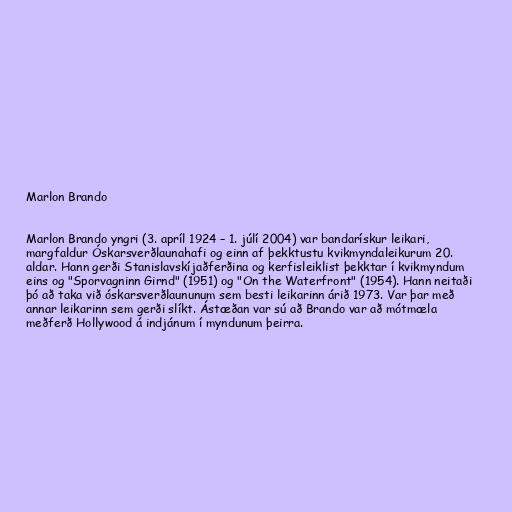
Marlon Brando

Marlon Brando yngri (3. apríl 1924 – 1. júlí 2004) var bandarískur leikari,
margfaldur Óskarsverðlaunahafi og einn af þekktustu kvikmyndaleikurum 20.
aldar. Hann gerði Stanislavskíjaðferðina og kerfisleiklist þekktar í kvikmyndum
eins og "Sporvagninn Girnd" (1951) og "On the Waterfront" (1954). Hann neitaði
þó að taka við óskarsverðlaununum sem besti leikarinn árið 1973. Var þar með
annar leikarinn sem gerði slíkt. Ástæðan var sú að Brando var að mótmæla
meðferð Hollywood á indjánum í myndunum þeirra.